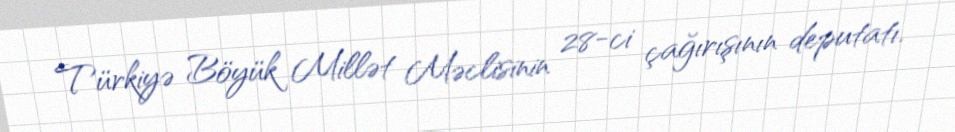
Türkiyə Böyük Millət Məclisinin 28-ci çağırışının deputatı.